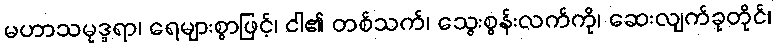
မဟာသမုဒ္ဒရာ၊ ရေများစွာဖြင့်၊ ငါ၏ တစ်သက်၊ သွေးစွန်းလက်ကို၊ ဆေးလျက်ခုတိုင်၊